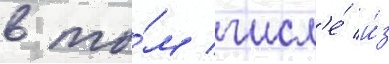
в то́м числ'е́ и́з